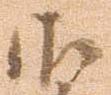
御